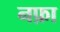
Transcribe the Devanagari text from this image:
नफ़ा